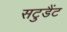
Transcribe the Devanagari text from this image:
सटुडैंट